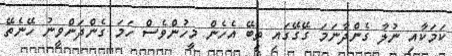
ކަމަކާއި ނުލާ ގެންދާނަމަ ގޭގޭގައި ތިބޭ އެހެން މީހުންވެސް ހަމަ ގެންދަންވީނު ހޭނެތޭ